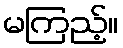
မကြည့်။